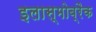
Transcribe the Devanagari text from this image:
इलास्मोब्रैक